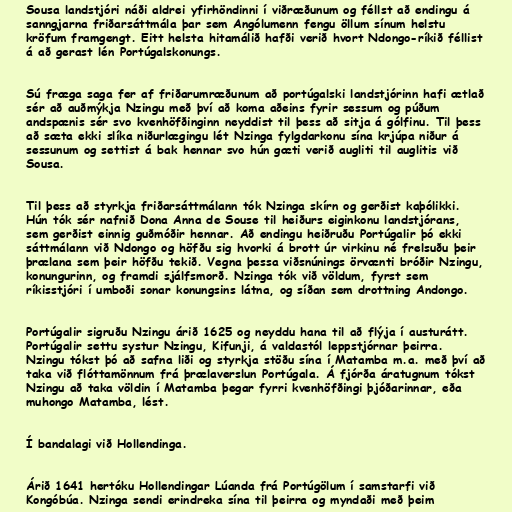
Sousa landstjóri náði aldrei yfirhöndinni í viðræðunum og féllst að endingu á
sanngjarna friðarsáttmála þar sem Angólumenn fengu öllum sínum helstu
kröfum framgengt. Eitt helsta hitamálið hafði verið hvort Ndongo-ríkið féllist
á að gerast lén Portúgalskonungs.

Sú fræga saga fer af friðarumræðunum að portúgalski landstjórinn hafi ætlað
sér að auðmýkja Nzingu með því að koma aðeins fyrir sessum og púðum
andspænis sér svo kvenhöfðinginn neyddist til þess að sitja á gólfinu. Til þess
að sæta ekki slíka niðurlægingu lét Nzinga fylgdarkonu sína krjúpa niður á
sessunum og settist á bak hennar svo hún gæti verið augliti til auglitis við
Sousa.

Til þess að styrkja friðarsáttmálann tók Nzinga skírn og gerðist kaþólikki.
Hún tók sér nafnið Dona Anna de Souse til heiðurs eiginkonu landstjórans,
sem gerðist einnig guðmóðir hennar. Að endingu heiðruðu Portúgalir þó ekki
sáttmálann við Ndongo og höfðu sig hvorki á brott úr virkinu né frelsuðu þeir
þrælana sem þeir höfðu tekið. Vegna þessa viðsnúnings örvænti bróðir Nzingu,
konungurinn, og framdi sjálfsmorð. Nzinga tók við völdum, fyrst sem
ríkisstjóri í umboði sonar konungsins látna, og síðan sem drottning Andongo.

Portúgalir sigruðu Nzingu árið 1625 og neyddu hana til að flýja í austurátt.
Portúgalir settu systur Nzingu, Kifunji, á valdastól leppstjórnar þeirra.
Nzingu tókst þó að safna liði og styrkja stöðu sína í Matamba m.a. með því að
taka við flóttamönnum frá þrælaverslun Portúgala. Á fjórða áratugnum tókst
Nzingu að taka völdin í Matamba þegar fyrri kvenhöfðingi þjóðarinnar, eða
muhongo Matamba, lést.

Í bandalagi við Hollendinga.

Árið 1641 hertóku Hollendingar Lúanda frá Portúgölum í samstarfi við
Kongóbúa. Nzinga sendi erindreka sína til þeirra og myndaði með þeim